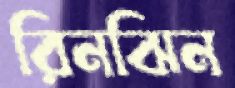
রিনঝিন